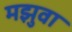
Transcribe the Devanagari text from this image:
मझुवा